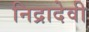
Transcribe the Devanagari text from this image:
निद्रादेवी